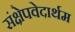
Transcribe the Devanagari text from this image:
संक्षेपवेदार्थम